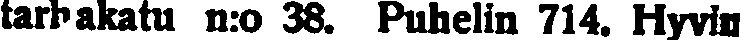
tarbakatu n:o 38. Puhelin 714, Hyvin